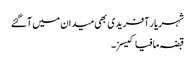
شہریار آفریدی بھی میدان میں آگئے
قبضہ مافیا کیسز۔